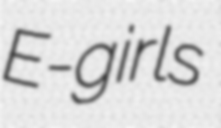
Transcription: E-girls